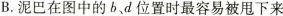
B.泥巴在图中的b.d位置时最容易被甩下来